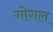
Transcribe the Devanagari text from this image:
गोगल